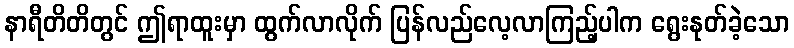
နာရီတိတိတွင် ဤရာထူးမှာ ထွက်လာလိုက် ပြန်လည်လေ့လာကြည့်ပါက ရွေးနုတ်ခဲ့သော